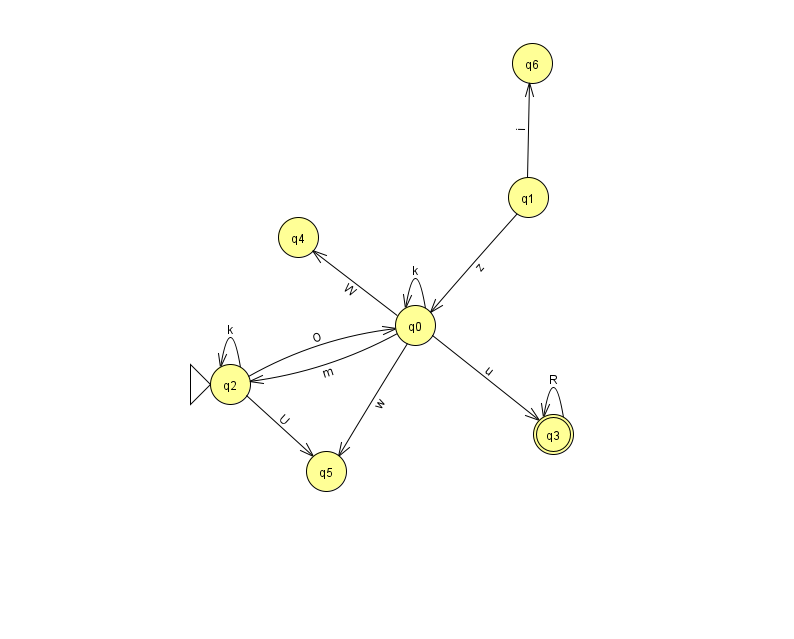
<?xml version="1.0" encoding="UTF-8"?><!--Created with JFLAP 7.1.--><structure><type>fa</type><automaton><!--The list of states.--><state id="0" name="q0"><x>415.0</x><y>312.0</y></state><state id="1" name="q1"><x>528.0</x><y>184.0</y></state><state id="2" name="q2"><x>230.0</x><y>371.0</y><initial/></state><state id="3" name="q3"><x>553.0</x><y>421.0</y><final/></state><state id="4" name="q4"><x>298.0</x><y>224.0</y></state><state id="5" name="q5"><x>326.0</x><y>458.0</y></state><state id="6" name="q6"><x>532.0</x><y>50.0</y></state><!--The list of transitions.--><transition><from>1</from><to>6</to><read>i</read></transition><transition><from>3</from><to>3</to><read>R</read></transition><transition><from>1</from><to>0</to><read>z</read></transition><transition><from>0</from><to>2</to><read>m</read></transition><transition><from>0</from><to>5</to><read>w</read></transition><transition><from>2</from><to>0</to><read>O</read></transition><transition><from>0</from><to>4</to><read>W</read></transition><transition><from>0</from><to>0</to><read>k</read></transition><transition><from>2</from><to>2</to><read>k</read></transition><transition><from>0</from><to>3</to><read>u</read></transition><transition><from>2</from><to>5</to><read>U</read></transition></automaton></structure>